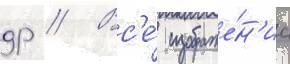
др // Вс'е́ изображе́н'иа